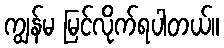
ကျွန်မ မြင်လိုက်ရပါတယ်။